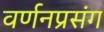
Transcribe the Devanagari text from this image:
वर्णनप्रसंग